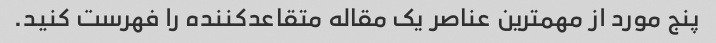
پنج مورد از مهمترین عناصر یک مقاله متقاعدکننده را فهرست کنید.